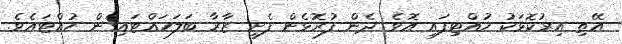
އޭތި އިރުކޮޅަކު ހުއްޓިފައި އޮވެ ދެން ފުރޮޅެން ފެށީ ޒާރާ ބަލަހައްޓައިގެން ހުއްޓައެވެ.